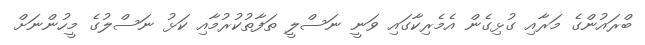
ބްރައުންގެ މަރާއި ގުޅިގެން އެމެރިކާގައި ވަނީ ނަސްލީ ތަފާތުކުރުމާއި ކަޅު ނަސްލުގެ މީހުންނަށް